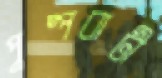
পুষ্পবাটী